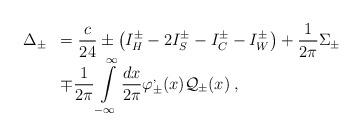
LaTeX: \begin{align*}\begin{array}{rl}\displaystyle \Delta _{\pm } & =\displaystyle\frac{c}{24}\pm \left( I^{\pm }_{H}-2I^{\pm }_{S}-I^{\pm }_{C}-I^{\pm }_{W}\right) +\displaystyle\frac{1}{2\pi }\Sigma _{\pm }\\ & \mp \displaystyle\frac{1}{2\pi }\displaystyle\int\limits ^{\infty }_{-\infty }\displaystyle\frac{dx}{2\pi }\varphi ^{,}_{\pm }(x){\cal Q}_{\pm }(x)\: ,\end{array}\end{align*}